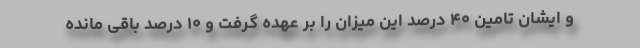
و ایشان تامین ۴۰ درصد این میزان را بر عهده گرفت و ۱۰ درصد باقی مانده